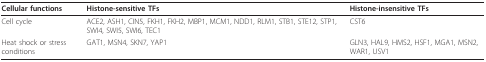
<table><thead><tr><td><b>Cellular functions</b></td><td><b>Histone-sensitive TFs</b></td><td><b>Histone-insensitive TFs</b></td></tr></thead><tbody><tr><td>Cell cycle</td><td>ACE2, ASH1, CIN5, FKH1, FKH2, MBP1, MCM1, NDD1, RLM1, STB1, STE12, STP1, SWI4, SWI5, SWI6, TEC1</td><td>CST6</td></tr><tr><td>Heat shock or stress conditions</td><td>GAT1, MSN4, SKN7, YAP1</td><td>GLN3, HAL9, HMS2, HSF1, MGA1, MSN2, WAR1, USV1</td></tr></tbody></table>